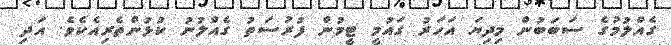
ގެއްލުމުގެ ސަބަބުން މިދިޔަ އަހަރު ގައުމީ ޓީމުން ފުރުސަތު ގެއްލުނު ކުޅުންތެރިއެކެވެ. އަދި